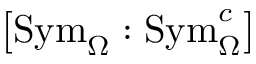
\left[ \mathrm { S y m } _ { \Omega } : \mathrm { S y m } _ { \Omega } ^ { c } \right]